Report on vaccination in the Province of Bengal - 1869-1873
Year: 1869
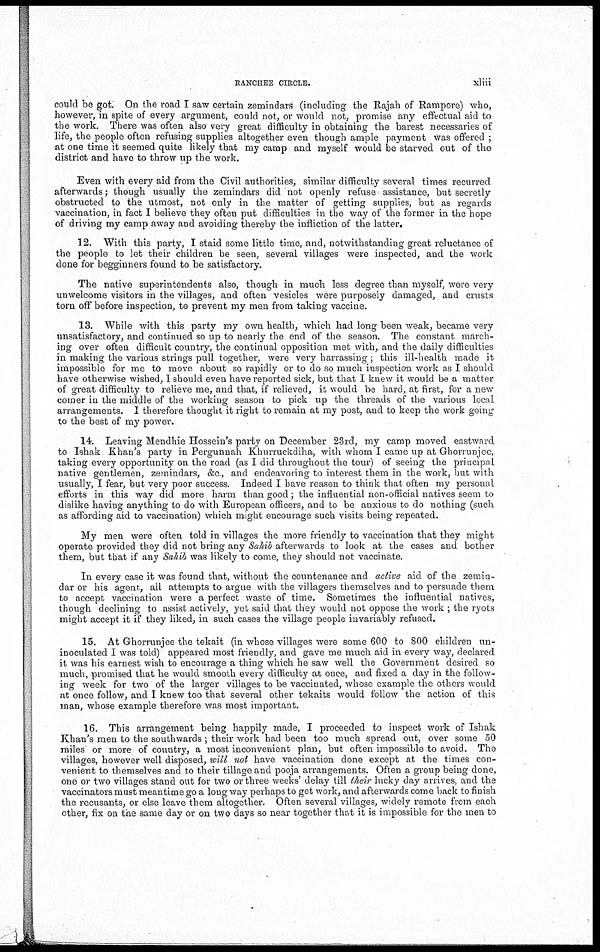
RANCHEE CIRCLE.
xliii
could be got. On the road I saw certain zemindars (including the Rajah of Rampore) who,
however, in spite of every argument, could not, or would not, promise any effectual aid to
the work. There was often also very great difficulty in obtaining the barest necessaries of
life, the people often refusing supplies altogether even though ample payment was offered ;
at one time it seemed quite likely that my camp and myself would be starved out of the
district and have to throw up the work.
Even with every aid from the Civil authorities, similar difficulty several times recurred
afterwards; though usually the zemindars did not openly refuse assistance, but secretly
obstructed to the utmost, not only in the matter of getting supplies, but as regards
vaccination, in fact I believe they often put difficulties in the way of the former in the hope
of driving my camp away and avoiding thereby the infliction of the latter.
12. With this party, I staid some little time, and, notwithstanding great reluctance of
the people to let their children be seen, several villages were inspected, and the work
done for begginners found to be satisfactory.
The native superintendents also, though in much less degree than myself, were very
unwelcome visitors in the villages, and often vesicles were purposely damaged, and crusts
torn off before inspection, to prevent my men from taking vaccine.
13. While with this party my own health, which had long been weak, became very
unsatisfactory, and continued so up to nearly the end of the season. The constant march-
ing over often difficult country, the continual opposition met with, and the daily difficulties
in making the various strings pull together, were very harrassing; this ill-health made it
impossible for me to move about so rapidly or to do so much inspection work as I should
have otherwise wished, I should even have reported sick, but that I knew it would be a matter
of great difficulty to relieve me, and that, if relieved, it would be hard, at first, for a new
comer in the middle of the working season to pick up the threads of the various local
arrangements. I therefore thought it right to remain at my post, and to keep the work going
to the best of my power.
14. Leaving Mendhie Hossein's party on December 23rd, my camp moved eastward
to Ishak Khan's party in Pergunnah Khurruckdiha, with whom I came up at Ghorrunjce,
taking every opportunity on the road (as I did throughout the tour) of seeing the principal
native gentlemen, zemindars, &c, and endeavoring to interest them in the work, but with
usually, I fear, but very poor success. Indeed I have reason to think that often my personal
efforts in this way did more harm than good; the influential non-official natives seem to
dislike having anything to do with European officers, and to be anxious to do nothing (such
as affording aid to vaccination) which might encourage such visits being repeated.
My men were often told in villages the more friendly to vaccination that they might
operate provided they did not bring any Sahib afterwards to look at the cases and bother
them, but that if any Sahib was likely to come, they should not vaccinate.
In every case it was found that, without the countenance and active aid of the zemin-
dar or his agent, all attempts to argue with the villagers themselves and to persuade them
to accept vaccination were a perfect waste of time. Sometimes the influential natives,
though declining to assist actively, yet said that they would not oppose the work ; the ryots
might accept it if they liked, in such cases the village people invariably refused.
15. At Ghorrunjee the tekait (in whose villages were some 600 to 800 children un-
inoculated I was told) appeared most friendly, and gave me much aid in every way, declared
it was his earnest wish to encourage a thing which he saw well the Government desired so
much, promised that he would smooth every difficulty at once, and fixed a day in the follow-
ing week for two of the larger villages to be vaccinated, whose example the others would
at once follow, and I knew too that several other tekaits would follow the action of this
man, whose example therefore was most important.
16. This arrangement being happily made, I proceeded to inspect work of Ishak
Khan's men to the southwards ; their work had been too much spread out, over some 50
miles or more of country, a most inconvenient plan, but often impossible to avoid. The
villages, however well disposed, will not have vaccination done except at the times con-
venient to themselves and to their tillage and pooja arrangements. Often a group being done,
one or two villages stand out for two or three weeks' delay till their lucky day arrives, and the
vaccinators must meantime go a long way perhaps to get work, and afterwards come back to finish
the recusants, or else leave them altogether. Often several villages, widely remote from each
other, fix on the same day or on two days so near together that it is impossible for the men to